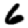
Digit: 6